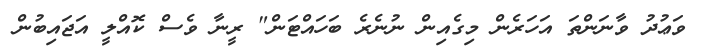
ވަޢުދު ވާނަންތަ އަހަރެން މިގެއިން ނުނެރެ ބަހައްޓަން" ރީނާ ވެސް ކޮއްލީ އަޖައިބުން